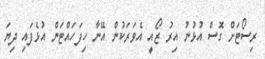
ރިސޯޓަށް ގޮސް އުޅުނު އިރު ޒޯއީ އެވަރަކުން އޭނާ ހިފަހައްޓަން އުޅެފައި ދިޔަ